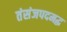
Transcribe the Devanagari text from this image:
तंसंजपदमद्ध